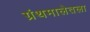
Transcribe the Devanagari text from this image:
ग्रंथमालेतला